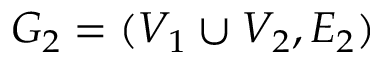
G _ { 2 } = ( V _ { 1 } \cup V _ { 2 } , E _ { 2 } )